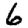
Digit: 6